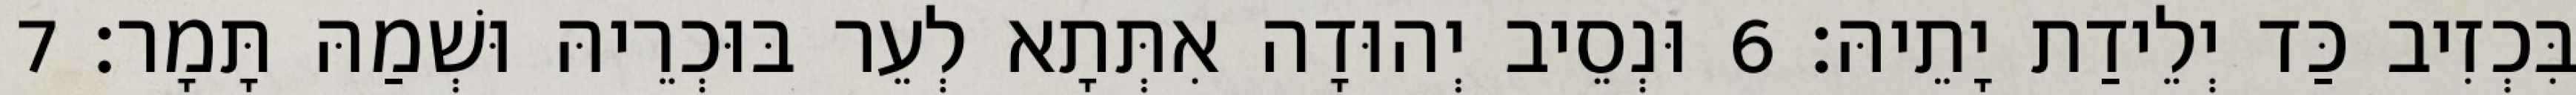
בִּכְזִיב כַּד יְלֵידַת יָתֵיהּ׃ 6 וּנְסֵיב יְהוּדָה אִתְּתָא לְעֵר בּוּכְרֵיהּ וּשְׁמַהּ תָּמָר׃ 7